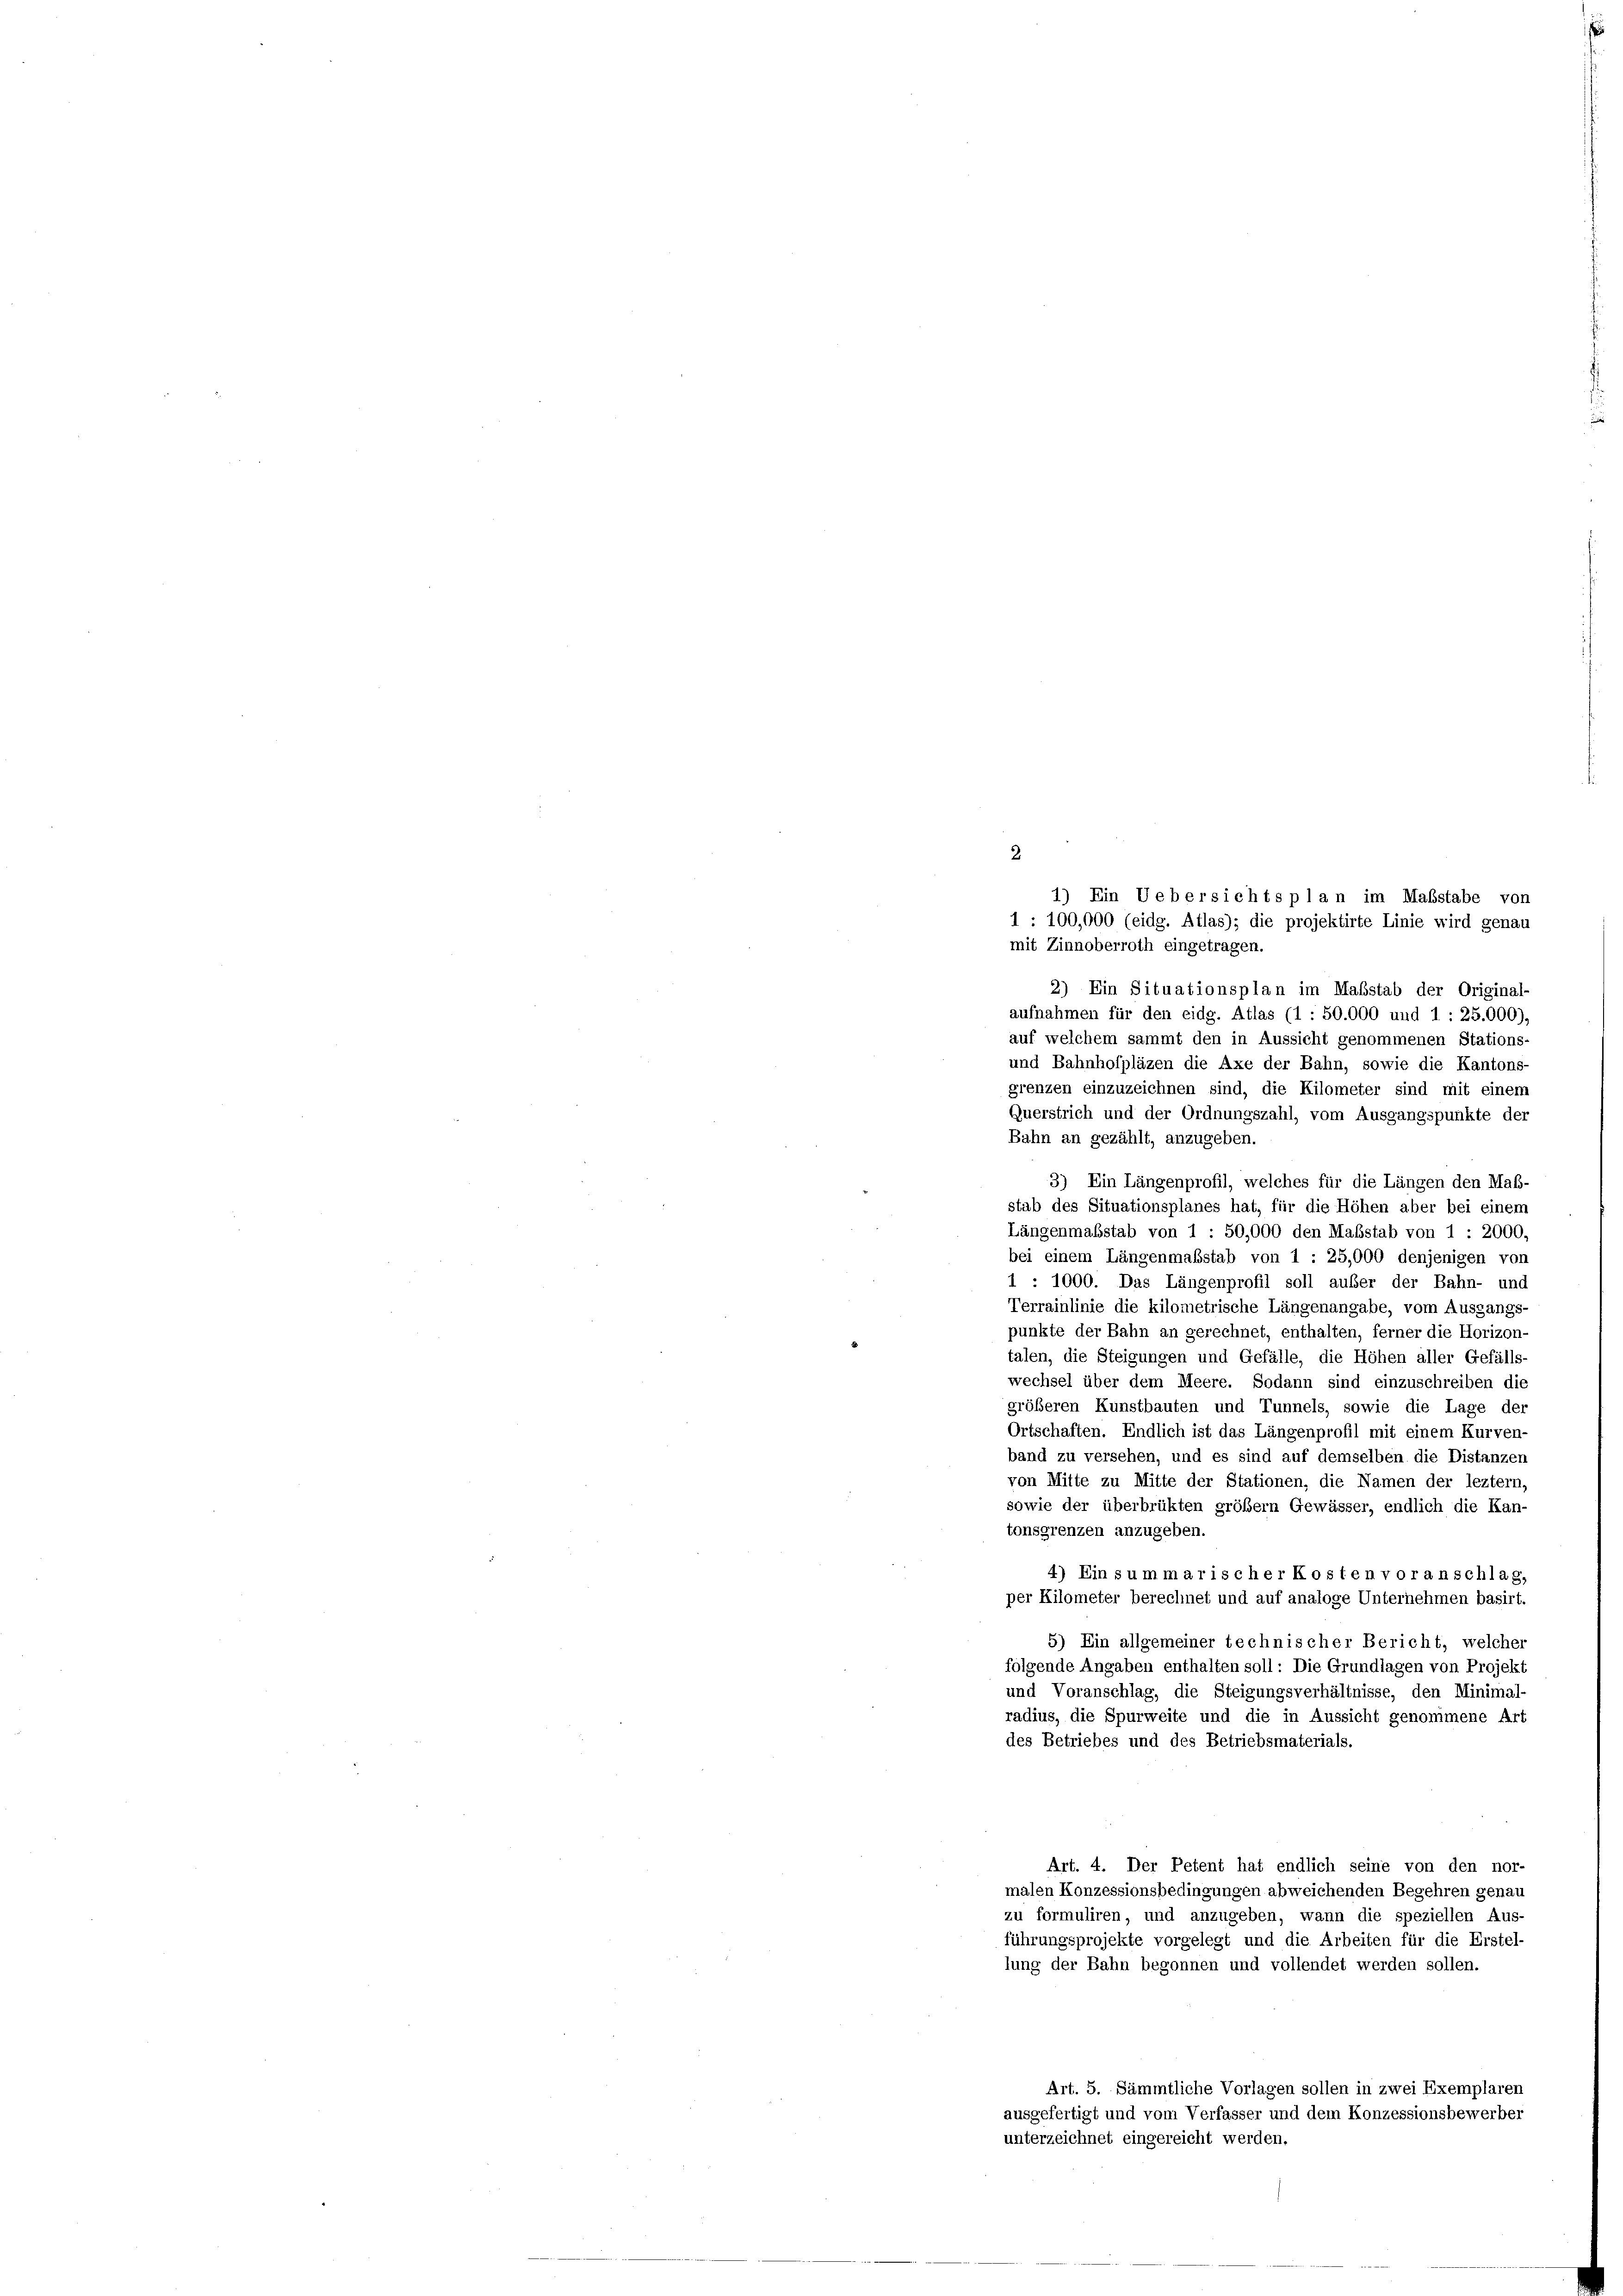
2.
1) Ein Uebersichts plan im Maßstabe von
1 : 100,000 (eidg. Atlas); die projektirte Linie wird genau
mit Zinnoberroth eingetragen.
2) Ein Situationsplan im Maßstab der Original-
aufnahmen für den eidg. Atlas (1 : 50.000 und 1 : 25.000),
auf welchem sammt den in Aussicht genommenen Stations-
und Bahnhofpläzen die Axe der Bahn, sowie die Kantons-
grenzen einzuzeichnen sind, die Kilometer sind mit einem
Querstrich und der Ordnungszahl, vom Ausgangspunkte der
Bahn an gezählt, anzugeben.
3) Ein Längenprofil, welches für die Längen den Maß-
stab des Situationsplanes hat, für die Höhen aber bei einem
Längenmaßstab von 1 : 50,000 den Maßstab von 1 : 2000,
bei einem Längenmaßstab von 1 : 25,000 denjenigen von
1 : 1000. Das Längenprofil soll außer der Bahn- und
Terrainlinie die kilometrische Längenangabe, vom Ausgangs-
punkte der Bahn an gerechnet, enthalten, ferner die Horizon
talen, die Steigungen und Gefälle, die Höhen aller Gefälls-
wechsel über dem Meere. Sodann sind einzuschreiben die
größeren Kunstbauten und Tunnels, sowie die Lage der
Ortschaften. Endlich ist das Längenprofil mit einem Kurven-
band zu versehen, und es sind auf demselben die Distanzen
von Mitte zu Mitte der Stationen, die Namen der leztem,
sowie der überbrükten größem Gewässer, endlich die Kan-
tonsgrenzen anzugeben.
4) Ein summarischer Kosten voranschlag,
per Kilometer berechnet und auf analoge Unternehmen basirt.
5) Ein allgemeiner technischer Bericht, welcher
folgende Angaben enthalten soll: Die Grundlagen von Projekt
und Voranschlag, die Steigungsverhältnisse, den Minimal-
radius, die Spurweite und die in Aussicht genommene Art
des Betriebes und des Betriebsmaterials.
Art. 4. Der Petent hat endlich seine von den nor-
malen Konzessionsbedingungen abweichenden Begehren genau
zu formuliren, und anzugeben, wann die speziellen Aus-
führungsprojekte vorgelegt und die Arbeiten für die Erstel-
lung der Bahn begonnen und vollendet werden sollen.
Art. 5. Sämmtliche Vorlagen sollen in zwei Exemplaren
ausgefertigt und vom Verfasser und dem Konzessionsbewerber
unterzeichnet eingereicht werden.